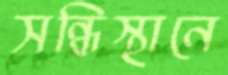
সন্ধিস্থানে